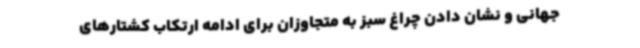
جهانی و نشان دادن چراغ سبز به متجاوزان برای ادامه ارتکاب کشتارهای